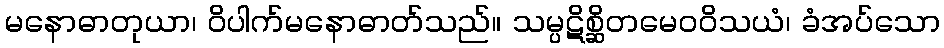
မနောဓာတုယာ၊ ဝိပါက်မနောဓာတ်သည်။ သမ္ပဋိစ္ဆိတမေဝဝိသယံ၊ ခံအပ်သော